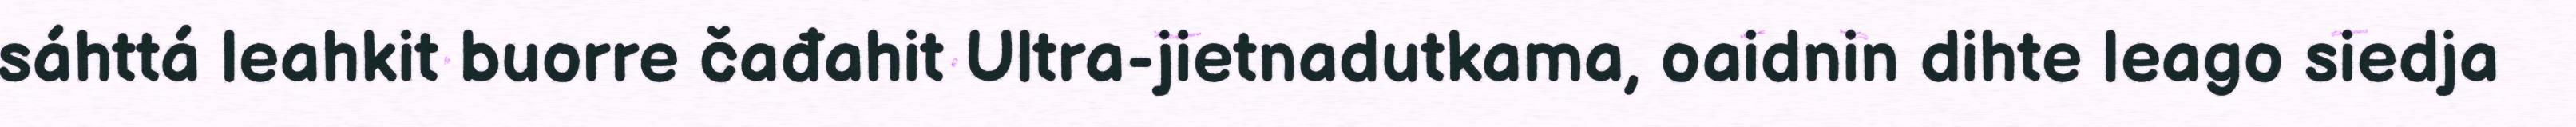
sáhttá leahkit buorre čađahit Ultra-jietnadutkama, oaidnin dihte leago siedja